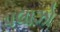
પલાઝો